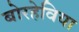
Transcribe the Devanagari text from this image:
बोरहेविया